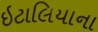
ઇટાલિયાના